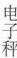
电子秤